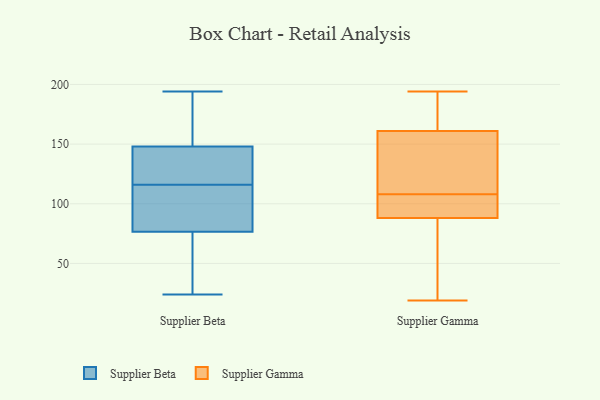
{"axis": {"x": "Churn Rate (%)", "y": "Value"}, "legend": ["Supplier Beta", "Supplier Gamma"], "data": [{"x": "", "y": 129, "type": "Supplier Beta"}, {"x": "", "y": 111, "type": "Supplier Beta"}, {"x": "", "y": 170, "type": "Supplier Beta"}, {"x": "", "y": 103, "type": "Supplier Beta"}, {"x": "", "y": 81, "type": "Supplier Beta"}, {"x": "", "y": 128, "type": "Supplier Beta"}, {"x": "", "y": 149, "type": "Supplier Beta"}, {"x": "", "y": 45, "type": "Supplier Beta"}, {"x": "", "y": 159, "type": "Supplier Beta"}, {"x": "", "y": 145, "type": "Supplier Beta"}, {"x": "", "y": 155, "type": "Supplier Beta"}, {"x": "", "y": 104, "type": "Supplier Beta"}, {"x": "", "y": 142, "type": "Supplier Beta"}, {"x": "", "y": 68, "type": "Supplier Beta"}, {"x": "", "y": 116, "type": "Supplier Beta"}, {"x": "", "y": 194, "type": "Supplier Beta"}, {"x": "", "y": 70, "type": "Supplier Beta"}, {"x": "", "y": 75, "type": "Supplier Beta"}, {"x": "", "y": 24, "type": "Supplier Beta"}, {"x": "", "y": 88, "type": "Supplier Gamma"}, {"x": "", "y": 97, "type": "Supplier Gamma"}, {"x": "", "y": 112, "type": "Supplier Gamma"}, {"x": "", "y": 104, "type": "Supplier Gamma"}, {"x": "", "y": 161, "type": "Supplier Gamma"}, {"x": "", "y": 98, "type": "Supplier Gamma"}, {"x": "", "y": 19, "type": "Supplier Gamma"}, {"x": "", "y": 19, "type": "Supplier Gamma"}, {"x": "", "y": 164, "type": "Supplier Gamma"}, {"x": "", "y": 69, "type": "Supplier Gamma"}, {"x": "", "y": 194, "type": "Supplier Gamma"}, {"x": "", "y": 116, "type": "Supplier Gamma"}, {"x": "", "y": 181, "type": "Supplier Gamma"}, {"x": "", "y": 139, "type": "Supplier Gamma"}]}